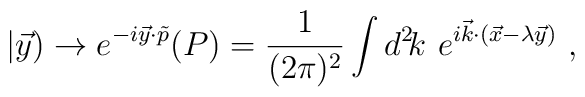
|\vec{y}) \rightarrow e^{-i\vec{y}\cdot \tilde{p}}(P)=\frac{1}{(2\pi)^2}\int {d^2 \kern-.18em k} \,\,e^{i\vec{k}\cdot (\vec{x}-\lambda\vec{y})}~,